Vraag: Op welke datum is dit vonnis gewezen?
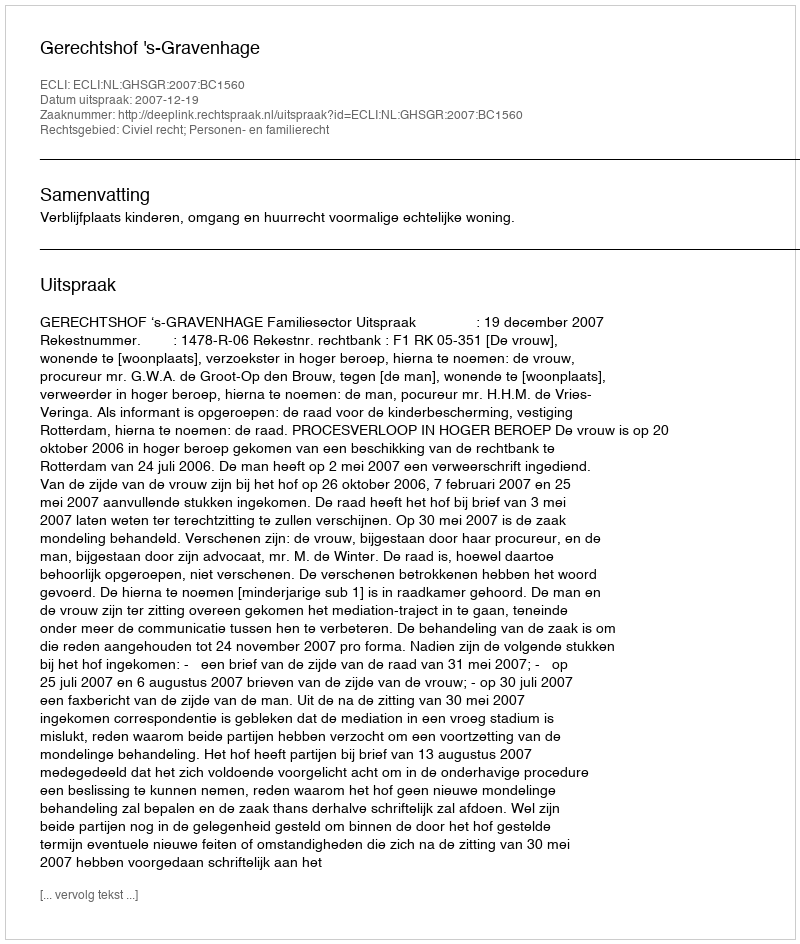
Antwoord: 2007-12-19